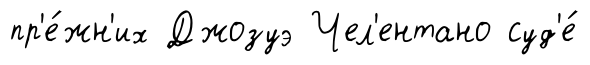
пр'е́жн'их Джозуэ Чел'ентано суд'е́